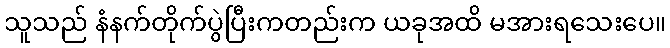
သူသည် နံနက်တိုက်ပွဲပြီးကတည်းက ယခုအထိ မအားရသေးပေ။